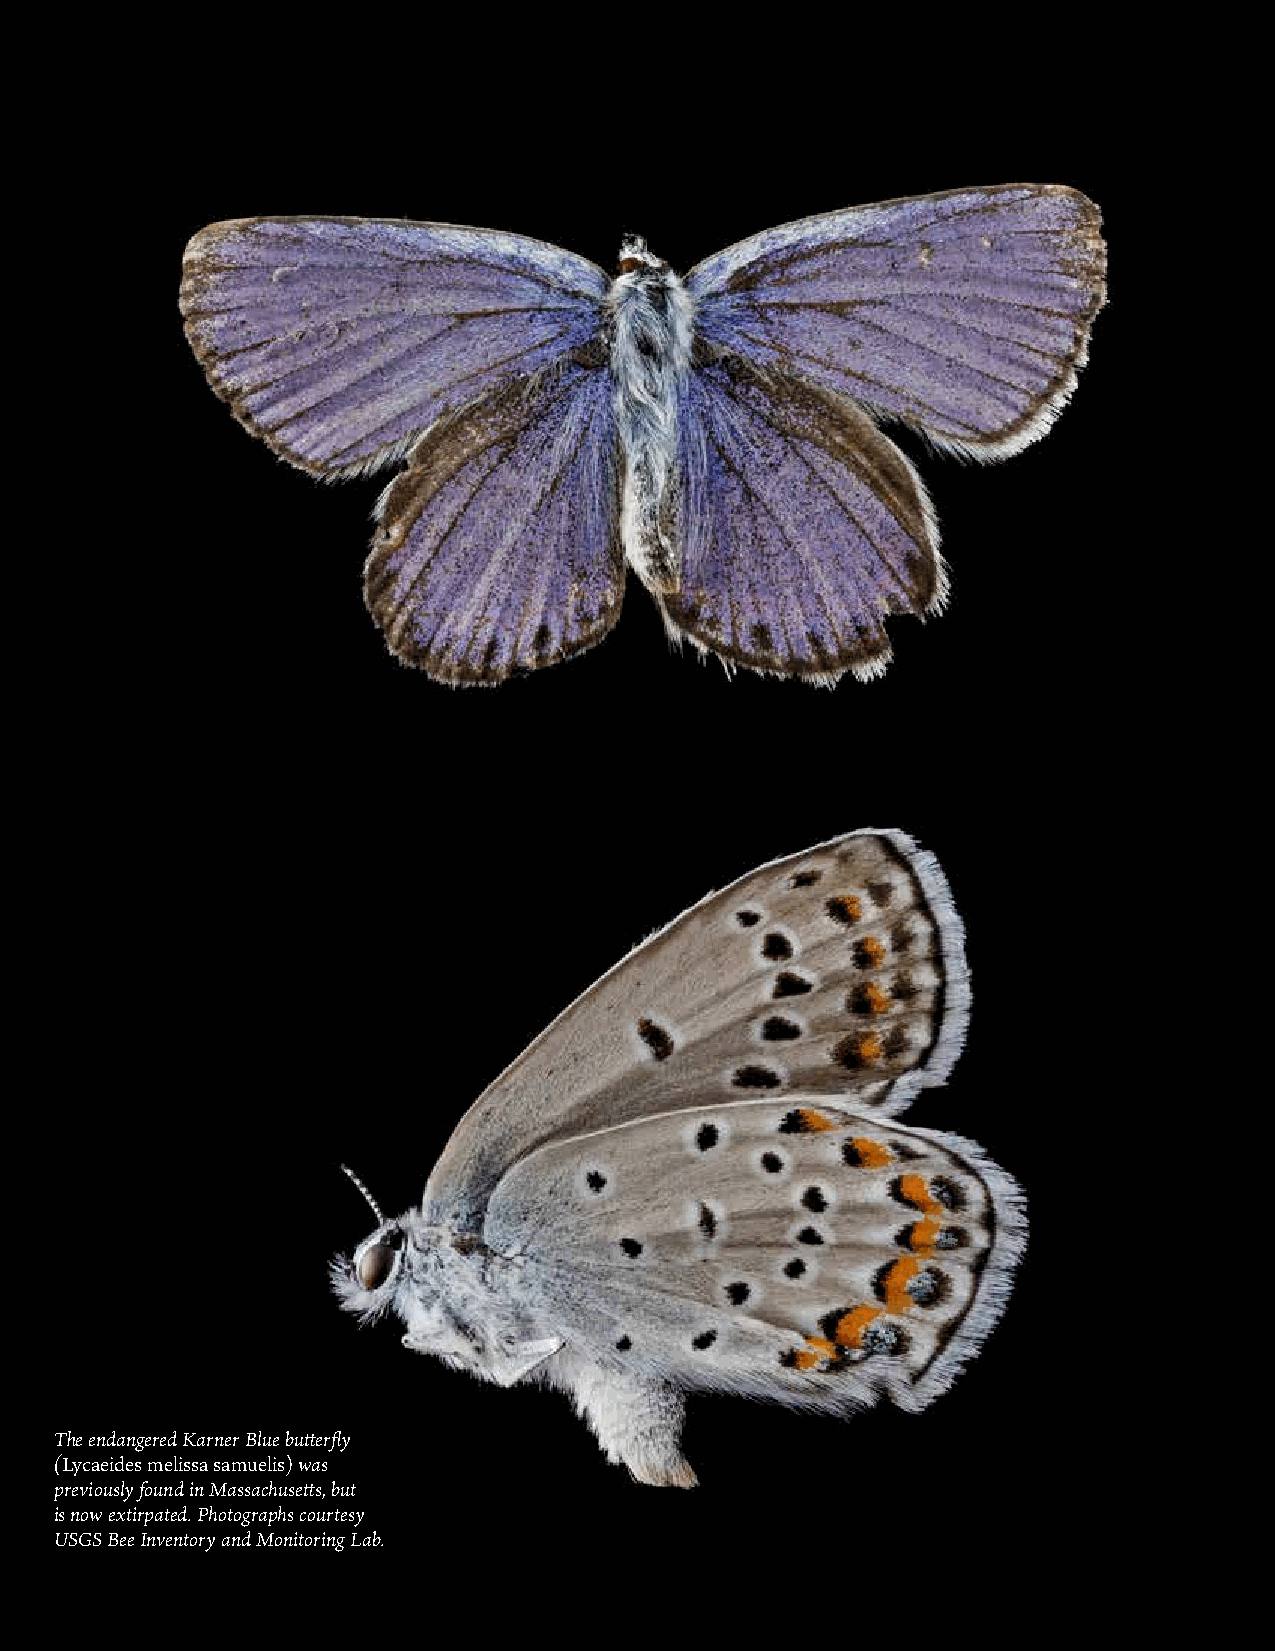
The endangered Karner Blue butterfly
 (Lycaeides melissa samuelis) was
 previously found in Massachusetts, but
 is now extirpated. Photographs courtesy
 USGS Bee Inventory and Monitoring Lab.
 14      POLLINATOR ACTION PLAN